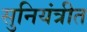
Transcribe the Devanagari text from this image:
सुनियंत्रीत